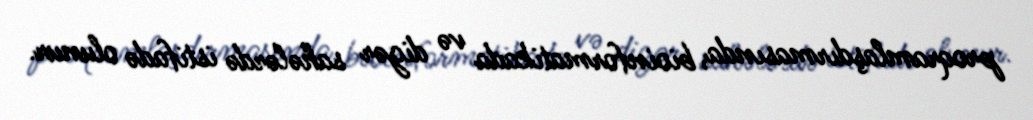
proqramlaşdırmasında, bioinformatikada və digər sahələrdə istifadə olunur.